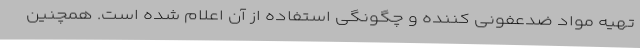
تهیه مواد ضدعفونی کننده و چگونگی استفاده از آن اعلام شده است. همچنین